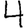
Digit: 4